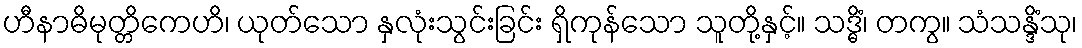
ဟီနာဓိမုတ္တိကေဟိ၊ ယုတ်သော နှလုံးသွင်းခြင်း ရှိကုန်သော သူတို့နှင့်။ သဒ္ဓိံ၊ တကွ။ သံသန္ဒိံသု၊